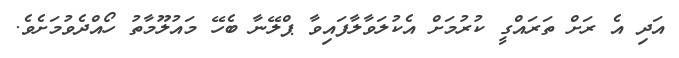
އަދި އެ ރަށް ތަރައްގީ ކުރުމަށް އެކުލަވާލާފައިވާ ޕްލޭނާ ބެހޭ މައުލޫމާތު ހޯއްދެވުމަށެވެ.